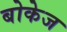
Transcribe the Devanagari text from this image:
बोकेज